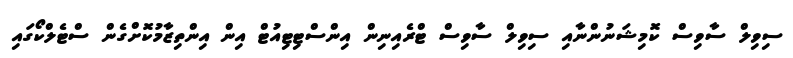
ސިވިލް ސާވިސް ކޮމިޝަނުންނާއި ސިވިލް ސާވިސް ޓްރެއިނިން އިންސްޓިޓިއުޓް އިން އިންތިޒާމުކޮށްގެން ސްޓެލްކޯގައި